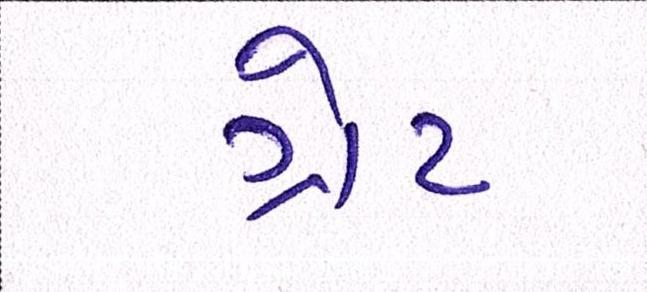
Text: ગ્રેટ